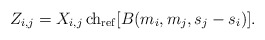
\begin{align*}Z_{i,j} = X_{i,j}\, {\rm ch}_{\rm ref}[B(m_i,m_j,s_j-s_i)].\end{align*}